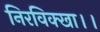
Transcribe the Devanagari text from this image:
निरविक्खा।।